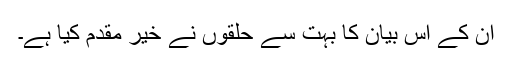
ان کے اس بیان کا بہت سے حلقوں نے خیر مقدم کیا ہے۔